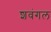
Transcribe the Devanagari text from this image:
शवंगल